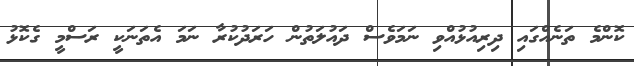
ކޮންމެ ތަނެއްގައި ދިރިއުޅުއްވި ނަމަވެސް ދައުލަތުން ހަރަދުކުރާ ނަމަ އެތަނަކީ ރަސްމީ ގެކޮޅު